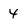
Character: 4